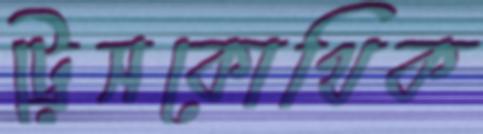
ট্রেসকোথিক